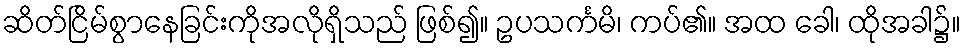
ဆိတ်ငြိမ်စွာနေခြင်းကိုအလိုရှိသည် ဖြစ်၍။ ဥပသင်္ကမိ၊ ကပ်၏။ အထ ခေါ၊ ထိုအခါ၌။